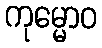
ကုမ္မောဝ